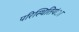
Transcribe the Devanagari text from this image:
परिस्थितियंा